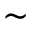
\sim